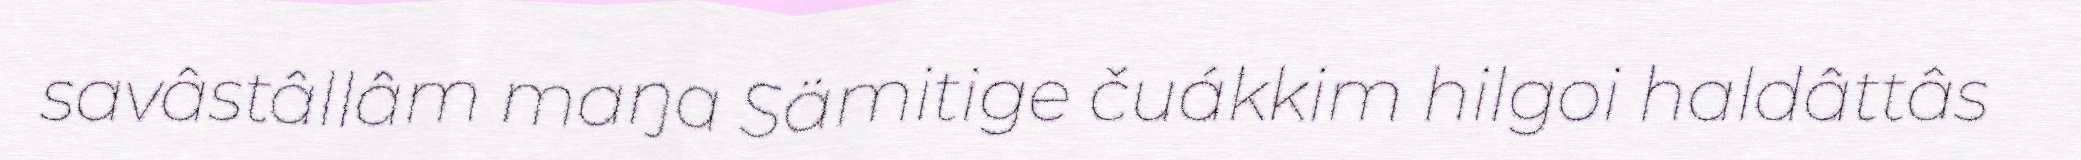
savâstâllâm maŋa Sämitige čuákkim hilgoi haldâttâs